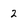
Character: 2